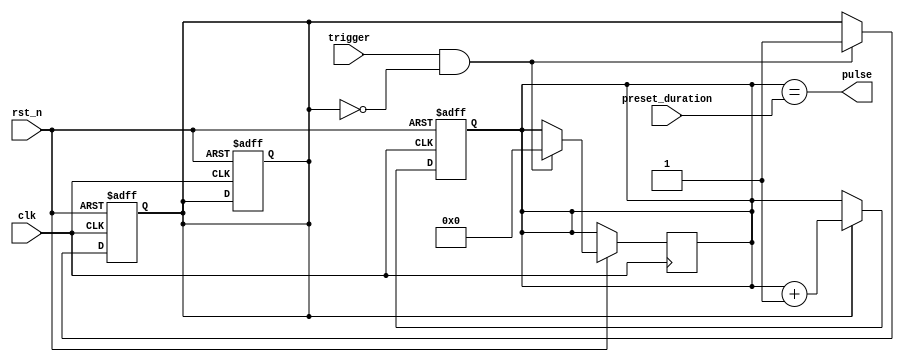
module one_shot_timer (
    input wire clk,
    input wire rst_n,
    input wire trigger,
    input wire [7:0] preset_duration, // 8-bit value for preset duration
    output reg pulse
);

reg [7:0] counter;
reg sync_trigger;

assign pulse = (counter == preset_duration);

always @(posedge clk or negedge rst_n) begin
    if (~rst_n) begin
        counter <= 0;
        sync_trigger <= 0;
    end else begin
        if (sync_trigger == 1) begin
            counter <= counter + 1;
        end
    end
end

always @(posedge clk or negedge rst_n) begin
    if (~rst_n) begin
        sync_trigger <= 0;
    end else begin
        if (trigger && ~sync_trigger) begin
            sync_trigger <= 1;
            counter <= 0;
        end
    end
end

endmodule